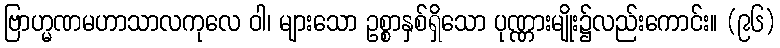
ဗြာဟ္မဏမဟာသာလကုလေ ဝါ၊ များသော ဥစ္စာနှစ်ရှိသော ပုဏ္ဏားမျိုး၌လည်းကောင်း။ (၉၆)